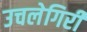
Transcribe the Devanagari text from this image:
उचलेगिरी